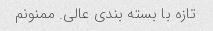
تازه با بسته بندی عالی. ممنونم